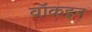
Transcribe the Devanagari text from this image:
वॉकइन